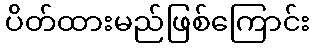
ပိတ်ထားမည်ဖြစ်ကြောင်း